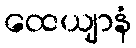
ထေယျာနံ